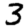
Digit: 3